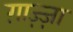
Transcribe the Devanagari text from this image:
ग़ाज़्ज़ा